Annual report of the Punjab Veterinary College and of the Civil Veterinary Department, Punjab - 1920-1925
Year: 1920
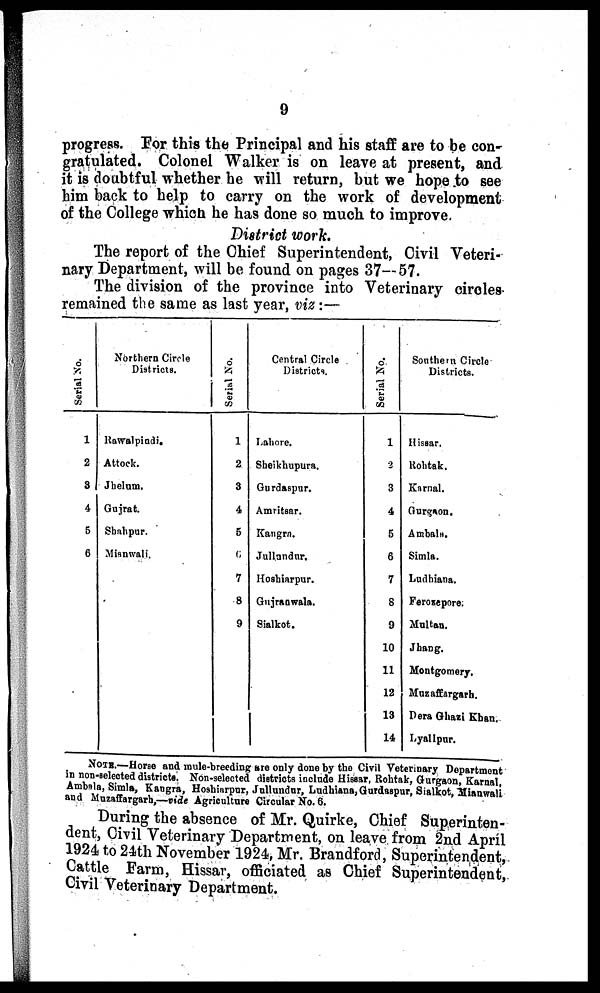
9
progress. For this the Principal and his staff are to be con-
gratulated. Colonel Walker is on leave at present, and
it is doubtful whether he will return, but we hope to see
him back to help to carry on the work of development
of the College which he has done so much to improve.
District work.
The report of the Chief Superintendent, Civil Veteri-
nary Department, will be found on pages 37—57.
The division of the province into Veterinary circles
remained the same as last year, viz:—
Serial So.
1
2
8
4
5
6
Northern Circle
Districts.
Rawalpindi.
Attock.
Jhelum.
Gujrat.
Shahpur.
Mianwali.
Serial No.
1
2
3
4
5
6
7
8
9
Central Circle
Districts.
Lahore.
Sheikhupura.
Gurdaspur.
Amritsar.
Kangra.
Jullundur.
Hoshiarpur.
Gujranwala.
Sialkot.
Serial No.
1
2
3
4
5
6
7
6
9
10
11
12
13
14
Southern Circle
Districts.
Hissar.
Rohtak.
Karnal.
Ourgaon.
Ambals.
Simla.
Ludhiana.
Ferosepore.
Multan.
Jhang.
Montgomery.
Muzaffargarh.
Dera Ghazi Khan.
Lyallpur.
NOTS.—Horse and mule-breeding are only done by the Civil Veterinary Department
in non-selected districts. Non-selected districts include Hisaar, Rohtak, Gurgaon, Karnal,
Ambala, Simla, Kangra, Hoshiarpur, Jullundur, Ludhiana, Gurdaspur, Sialkot, Mianwali
and Mnzaffargarh,—vide Agriculture Circular No. 6.
During the absence of Mr. Quirke, Chief Superinten-
dent, Civil Veterinary Department, on leave from 2nd April
1924 to 24th November 1924, Mr. Brandford, Superintendent,
Cattle Farm, Hissar, officiated as Chief Superintendent,
Civil Veterinary Department.